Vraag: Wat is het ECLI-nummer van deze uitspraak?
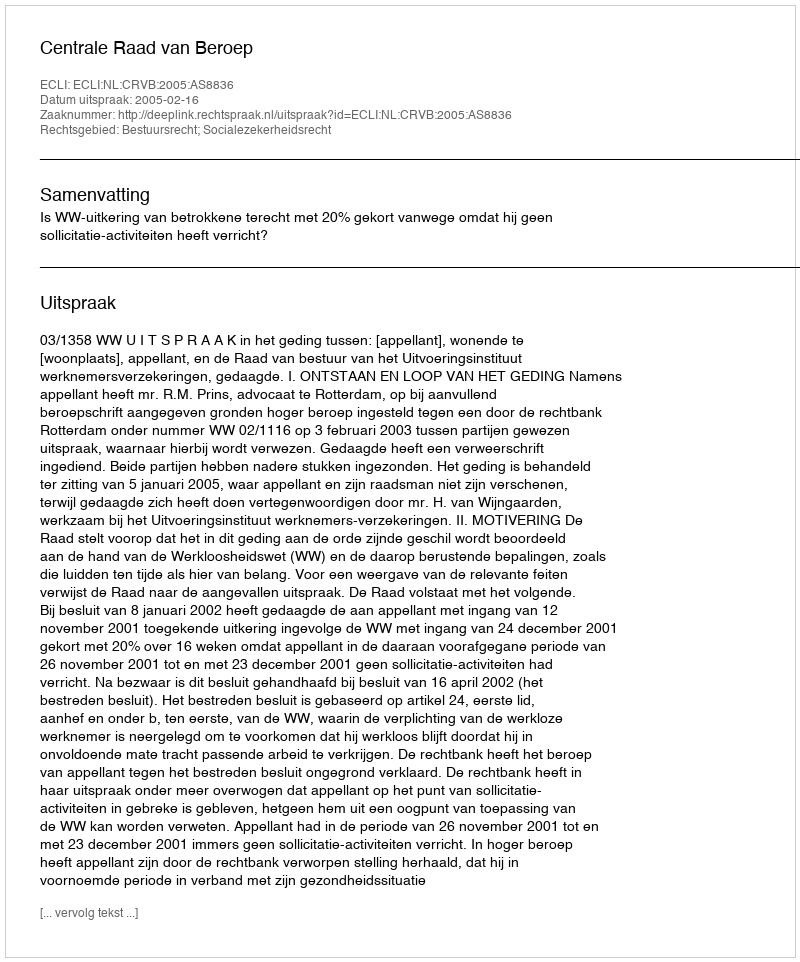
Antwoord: ECLI:NL:CRVB:2005:AS8836